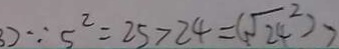
3 ) \because 5 ^ { 2 } = 2 5 > 2 4 = ( \sqrt { 2 4 } ^ { 2 } ) >